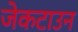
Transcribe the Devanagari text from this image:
जेकटाउन